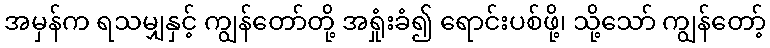
အမှန်က ရသမျှနှင့် ကျွန်တော်တို့ အရှုံးခံ၍ ရောင်းပစ်ဖို့၊ သို့သော် ကျွန်တော့်